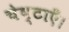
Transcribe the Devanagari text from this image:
चेष्टाएँ।